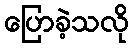
ပြောခဲ့သလို